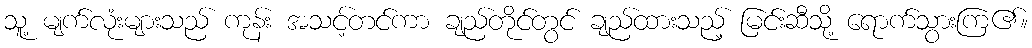
သူ့ မျက်လုံးများသည် ကုန်း အသင့်တင်ကာ ချည်တိုင်တွင် ချည်ထားသည့် မြင်းဆီသို့ ရောက်သွားကြ၏။